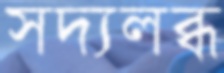
সদ্যলব্ধ